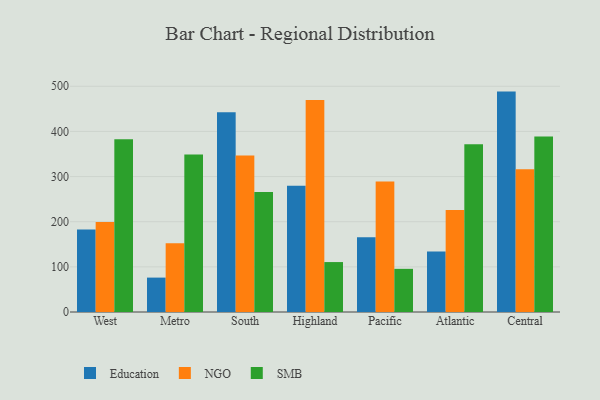
{"axis": {"x": "Region", "y": "Operating Costs (USD K)"}, "legend": ["Education", "NGO", "SMB"], "data": [{"x": "West", "y": 182.7, "type": "Education"}, {"x": "West", "y": 199.1, "type": "NGO"}, {"x": "West", "y": 382.9, "type": "SMB"}, {"x": "Metro", "y": 76.2, "type": "Education"}, {"x": "Metro", "y": 152.2, "type": "NGO"}, {"x": "Metro", "y": 348.9, "type": "SMB"}, {"x": "South", "y": 442.7, "type": "Education"}, {"x": "South", "y": 346.6, "type": "NGO"}, {"x": "South", "y": 266.0, "type": "SMB"}, {"x": "Highland", "y": 279.7, "type": "Education"}, {"x": "Highland", "y": 469.5, "type": "NGO"}, {"x": "Highland", "y": 110.6, "type": "SMB"}, {"x": "Pacific", "y": 165.3, "type": "Education"}, {"x": "Pacific", "y": 288.8, "type": "NGO"}, {"x": "Pacific", "y": 95.6, "type": "SMB"}, {"x": "Atlantic", "y": 134.0, "type": "Education"}, {"x": "Atlantic", "y": 225.7, "type": "NGO"}, {"x": "Atlantic", "y": 371.5, "type": "SMB"}, {"x": "Central", "y": 488.2, "type": "Education"}, {"x": "Central", "y": 316.2, "type": "NGO"}, {"x": "Central", "y": 388.7, "type": "SMB"}]}